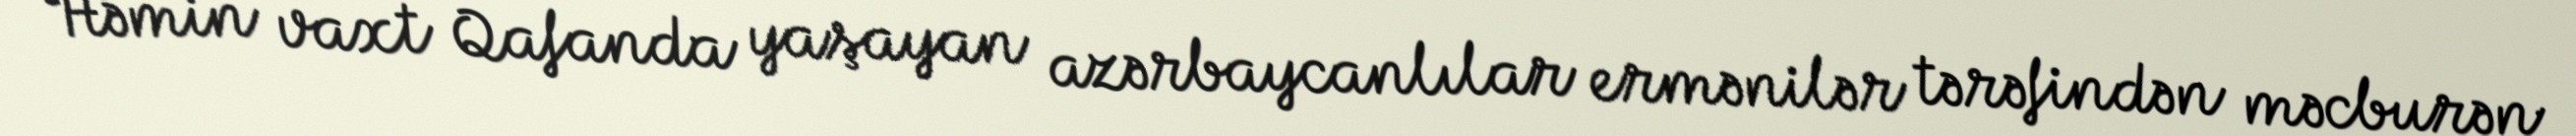
Həmin vaxt Qafanda yaşayan azərbaycanlılar ermənilər tərəfindən məcburən